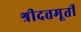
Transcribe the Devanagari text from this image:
श्रीदत्तमूर्ती